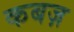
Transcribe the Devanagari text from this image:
कबज़